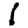
Digit: 1